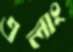
এলাং